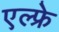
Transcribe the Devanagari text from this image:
एल्फ्रे